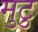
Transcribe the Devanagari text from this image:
मुटु